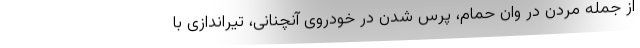
از جمله مُردن در وان حمام، پرس شدن در خودروی آنچنانی، تیراندازی با